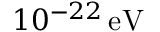
1 0 ^ { - 2 2 } \mathrm { \, e V }